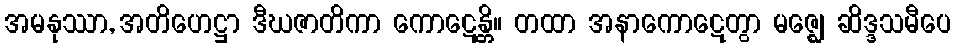
အမနုဿာ, အတိဟေဋ္ဌာ ဒီဃဇာတိကာ ကောဋေန္တိ။ တထာ အနာကောဋေတွာ မဇ္ဈေ ဆိဒ္ဒသမီပေ